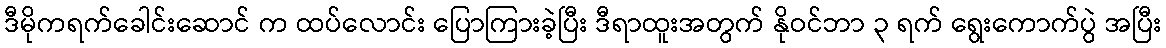
ဒီမိုကရက်ခေါင်းဆောင် က ထပ်လောင်း ပြောကြားခဲ့ပြီး ဒီရာထူးအတွက် နိုဝင်ဘာ ၃ ရက် ရွေးကောက်ပွဲ အပြီး